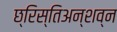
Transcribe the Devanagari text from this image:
छ्रिस्तिअन्शव्न